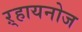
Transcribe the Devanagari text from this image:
ऱ्हायनोज